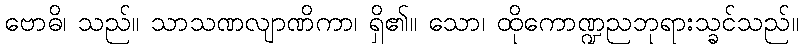
ဗောဓိ၊ သည်။ သာသဏလျာဏိကာ၊ ရှိ၏။ သော၊ ထိုကောဏ္ဍညဘုရားသ္ခင်သည်။